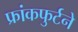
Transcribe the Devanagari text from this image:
फ्रांकफुर्टने